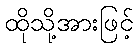
ထိုသို့အားဖြင့်